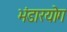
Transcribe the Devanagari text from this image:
भंडारयोग